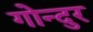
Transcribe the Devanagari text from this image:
गोन्दुर